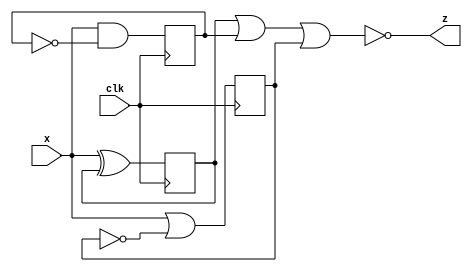
module top_module(
  input clk,
  input x,
  output z
);
  reg reg_xor;
  reg reg_and;
  reg reg_or;
  always @(posedge clk) begin
    reg_xor <= x ^ reg_xor;
    reg_and <= x & ~reg_and;
    reg_or  <= x | ~reg_or;
  end

  assign z = ~(reg_xor | reg_and | reg_or);
endmodule